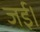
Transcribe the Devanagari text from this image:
जई।